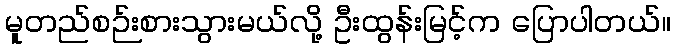
မူတည်စဉ်းစားသွားမယ်လို့ ဦးထွန်းမြင့်က ပြောပါတယ်။